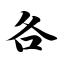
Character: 各